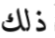
ذلك